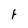
Character: F